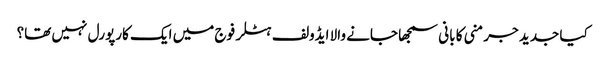
کیا جدید جرمنی کا بانی سمجھا جانے والا ایڈولف ہٹلر فوج میں ایک کارپورل نہیں تھا؟